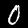
Label: 0